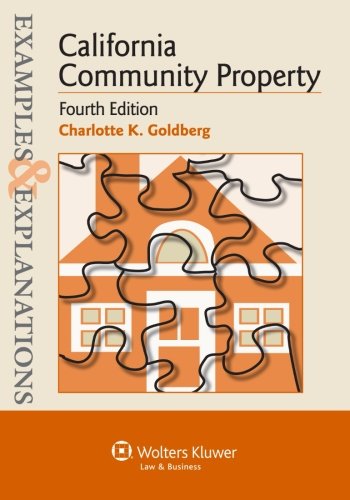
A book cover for Examples & Explanations: California Community Property, Fourth Edition; Charlotte K. Goldberg; Law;